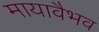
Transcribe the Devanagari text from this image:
मायावैभव